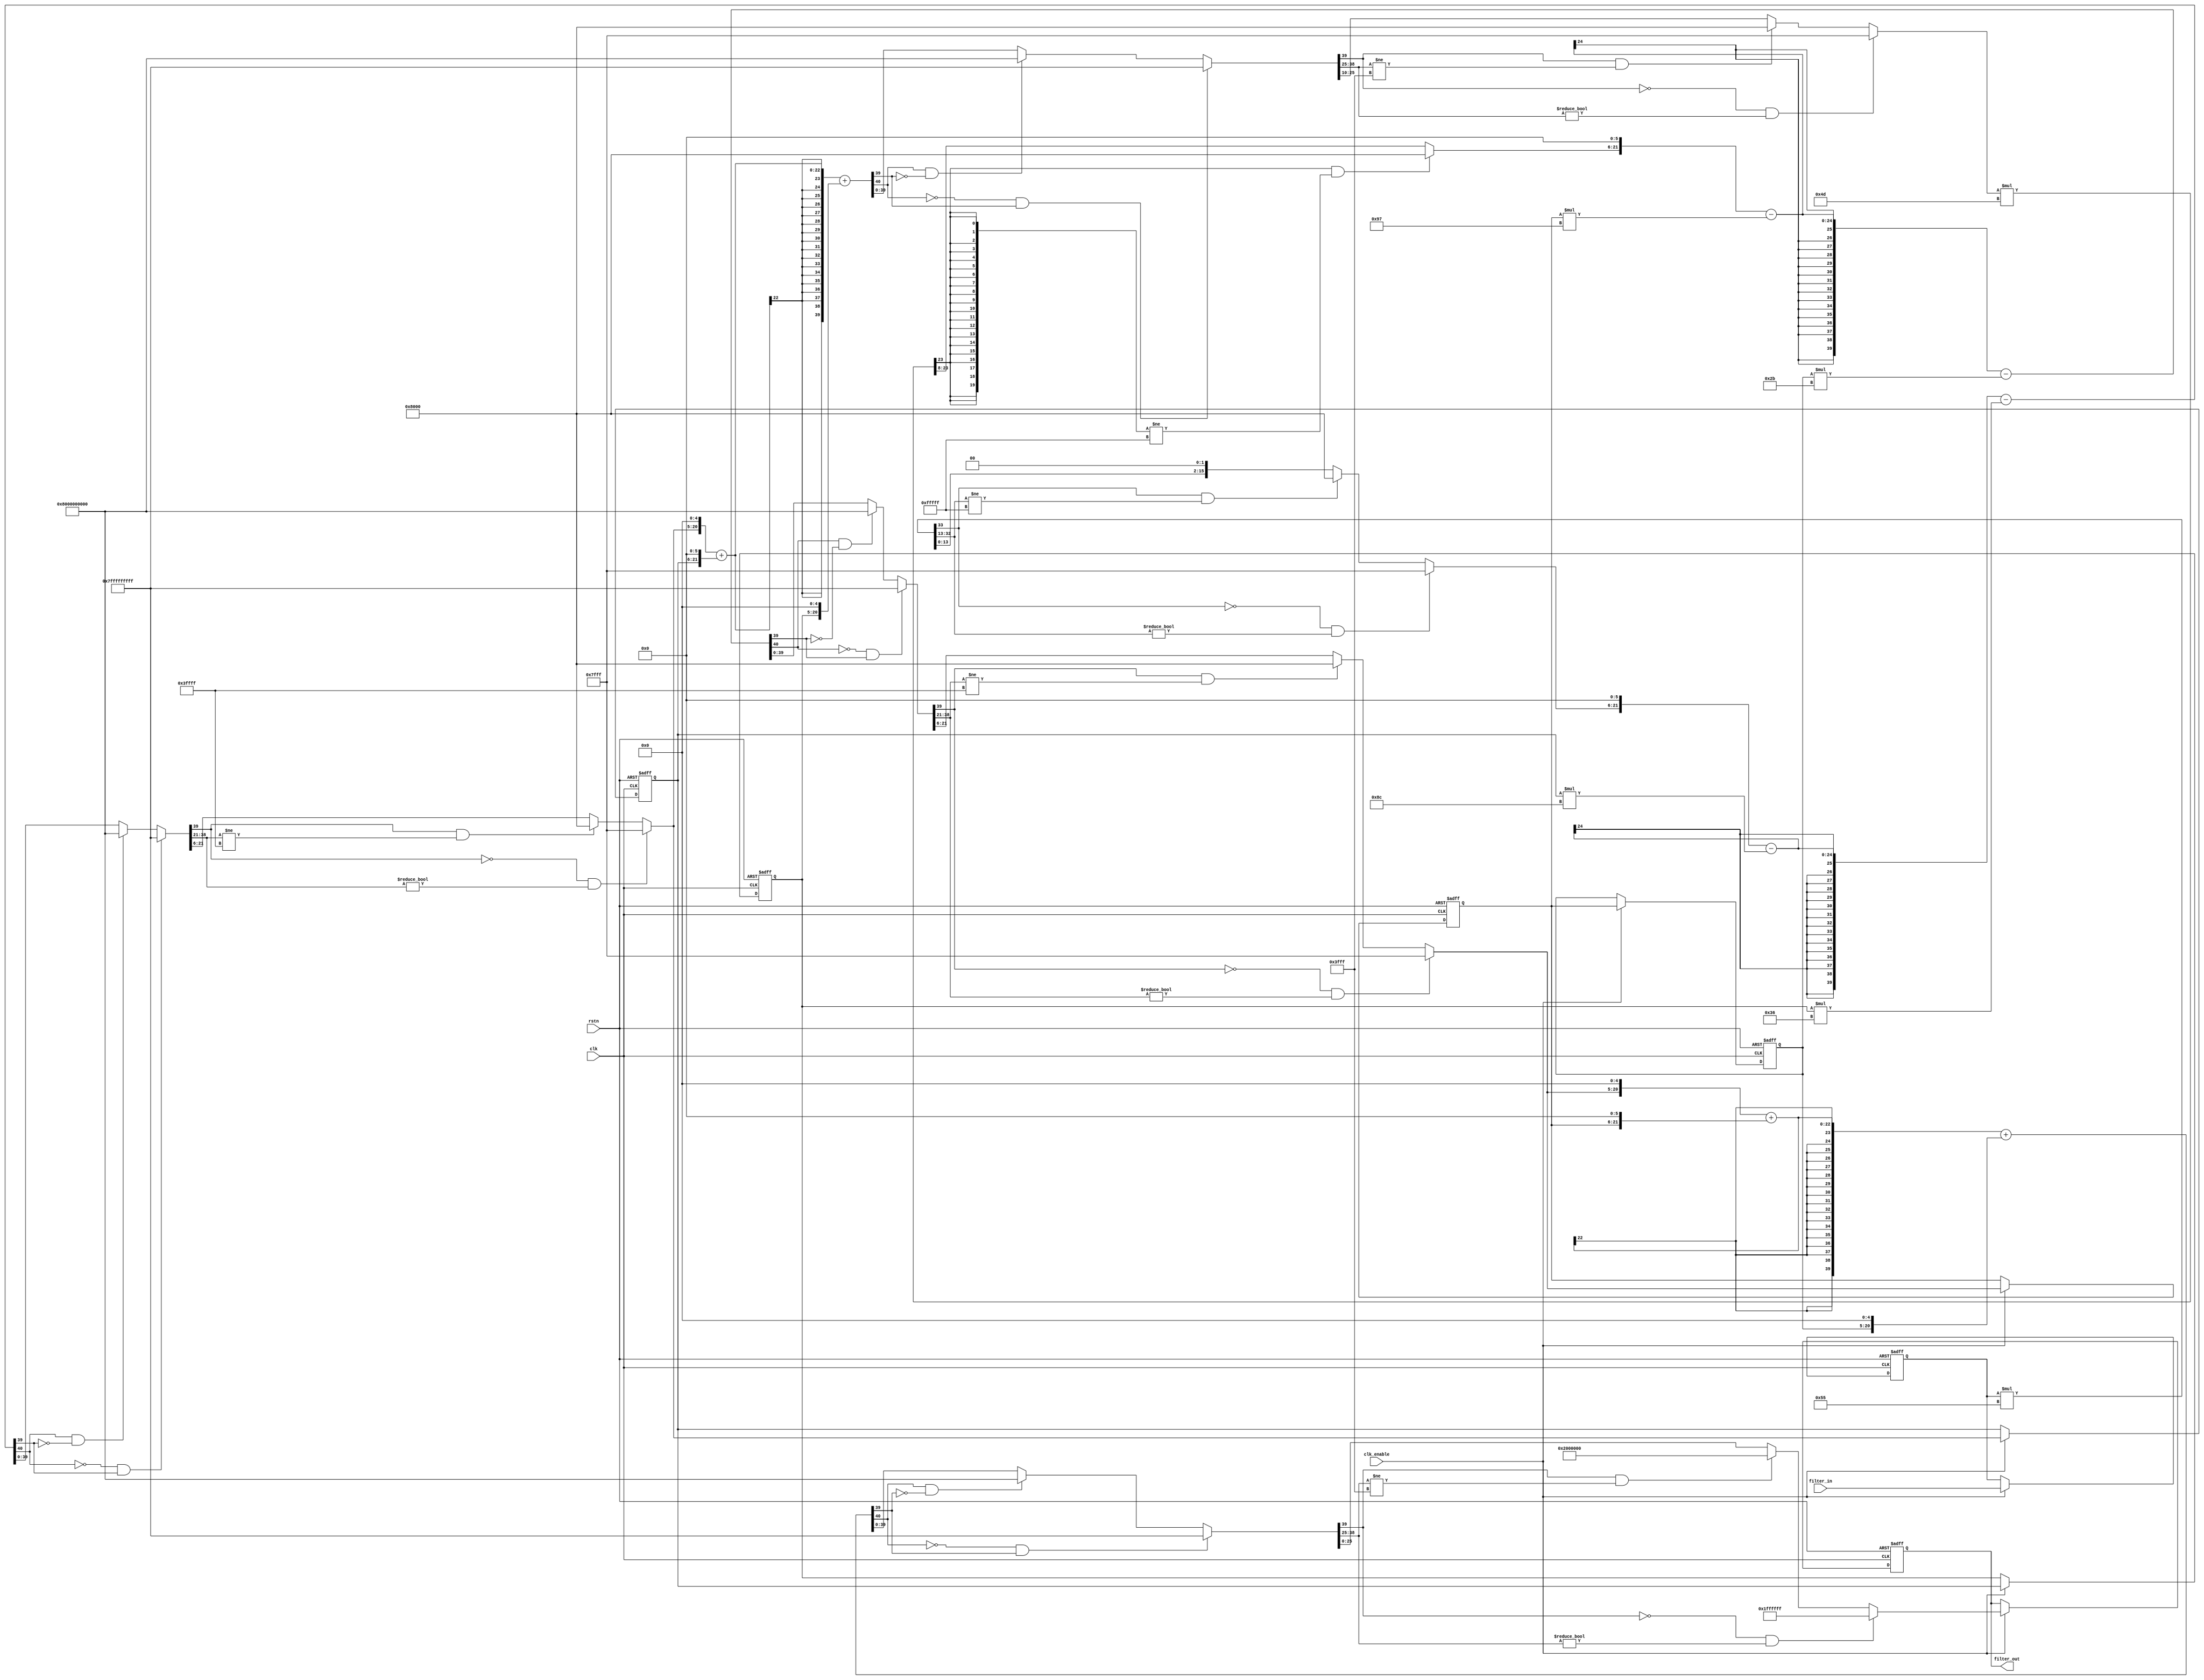
// -------------------------------------------------------------
//
// Module: sdm_nc_filter
// Generated by MATLAB(R) 8.1 and the Filter Design HDL Coder 2.9.3.
// Generated on: 2015-06-27 18:59:51
// -------------------------------------------------------------

// -------------------------------------------------------------
// HDL Code Generation Options:
//
// OptimizeForHDL: on
// ResetInputPort: rstn
// Name: sdm_nc_filter
// ResetAssertedLevel: Active-low
// TargetLanguage: Verilog
// TestBenchStimulus: step ramp chirp 
// UseVerilogTimescale: off

// Filter Specifications:
//
// Sampling Frequency : N/A (normalized frequency)
// Response           : Lowpass
// Specification      : Fp,Fst,Ap,Ast
// Passband Edge      : 0.046875
// Stopband Edge      : 0.52083
// Passband Ripple    : 1 dB
// Stopband Atten.    : 80 dB
// -------------------------------------------------------------

// -------------------------------------------------------------
// HDL Implementation    : Fully parallel
// Multipliers           : 6
// Folding Factor        : 1
// -------------------------------------------------------------
// Filter Settings:
//
// Discrete-Time IIR Filter (real)
// -------------------------------
// Filter Structure    : Direct-Form II, Second-Order Sections
// Number of Sections  : 2
// Stable              : Yes
// Linear Phase        : No
// Arithmetic          : fixed
// Numerator           : s8,5 -> [-4 4)
// Denominator         : s8,6 -> [-2 2)
// Scale Values        : s8,13 -> [-1.562500e-02 1.562500e-02)
// Input               : s26,0 -> [-33554432 33554432)
// Section Input       : s16,15 -> [-1 1)
// Section Output      : s16,10 -> [-32 32)
// Output              : s26,20 -> [-32 32)
// State               : s16,15 -> [-1 1)
// Numerator Prod      : s24,20 -> [-8 8)
// Denominator Prod    : s24,21 -> [-4 4)
// Numerator Accum     : s40,20 -> [-524288 524288)
// Denominator Accum   : s40,21 -> [-262144 262144)
// Round Mode          : floor
// Overflow Mode       : saturate
// Cast Before Sum     : true
// -------------------------------------------------------------

module sdm_nc_filter
               (
                clk,
                clk_enable,
                rstn,
                filter_in,
                filter_out
                );

  input   clk; 
  input   clk_enable; 
  input   rstn; 
  input   signed [25:0] filter_in; //sfix26
  output  signed [25:0] filter_out; //sfix26_En20

////////////////////////////////////////////////////////////////
//Module Architecture: sdm_nc_filter
////////////////////////////////////////////////////////////////
  // Local Functions
  // Type Definitions
  // Constants
  parameter signed [7:0] scaleconst1 = 8'b01010101; //sfix8_En13
  parameter signed [7:0] coeff_b1_section1 = 8'b00100000; //sfix8_En5
  parameter signed [7:0] coeff_b2_section1 = 8'b01000000; //sfix8_En5
  parameter signed [7:0] coeff_b3_section1 = 8'b00100000; //sfix8_En5
  parameter signed [7:0] coeff_a2_section1 = 8'b10001100; //sfix8_En6
  parameter signed [7:0] coeff_a3_section1 = 8'b00110110; //sfix8_En6
  parameter signed [7:0] scaleconst2 = 8'b01001101; //sfix8_En13
  parameter signed [7:0] coeff_b1_section2 = 8'b00100000; //sfix8_En5
  parameter signed [7:0] coeff_b2_section2 = 8'b01000000; //sfix8_En5
  parameter signed [7:0] coeff_b3_section2 = 8'b00100000; //sfix8_En5
  parameter signed [7:0] coeff_a2_section2 = 8'b10010111; //sfix8_En6
  parameter signed [7:0] coeff_a3_section2 = 8'b00101011; //sfix8_En6
  // Signals
  reg  signed [25:0] input_register; // sfix26
  wire signed [43:0] scale1; // sfix44_En23
  wire signed [33:0] mul_temp; // sfix34_En13
  wire signed [15:0] scaletypeconvert1; // sfix16_En15
  // Section 1 Signals 
  wire signed [39:0] a1sum1; // sfix40_En21
  wire signed [39:0] a2sum1; // sfix40_En21
  wire signed [39:0] b1sum1; // sfix40_En20
  wire signed [39:0] b2sum1; // sfix40_En20
  wire signed [15:0] typeconvert1; // sfix16_En15
  reg  signed [15:0] delay_section1 [0:1] ; // sfix16_En15
  wire signed [15:0] inputconv1; // sfix16_En15
  wire signed [23:0] a2mul1; // sfix24_En21
  wire signed [23:0] a3mul1; // sfix24_En21
  wire signed [23:0] b2mul1; // sfix24_En20
  wire signed [39:0] sub_cast; // sfix40_En21
  wire signed [39:0] sub_cast_1; // sfix40_En21
  wire signed [40:0] sub_temp; // sfix41_En21
  wire signed [39:0] sub_cast_2; // sfix40_En21
  wire signed [39:0] sub_cast_3; // sfix40_En21
  wire signed [40:0] sub_temp_1; // sfix41_En21
  wire signed [39:0] b1multypeconvert1; // sfix40_En20
  wire signed [39:0] add_cast; // sfix40_En20
  wire signed [39:0] add_cast_1; // sfix40_En20
  wire signed [40:0] add_temp; // sfix41_En20
  wire signed [39:0] add_cast_2; // sfix40_En20
  wire signed [39:0] add_cast_3; // sfix40_En20
  wire signed [40:0] add_temp_1; // sfix41_En20
  wire signed [15:0] section_result1; // sfix16_En10
  wire signed [43:0] scale2; // sfix44_En23
  wire signed [23:0] mul_temp_1; // sfix24_En23
  wire signed [15:0] scaletypeconvert2; // sfix16_En15
  // Section 2 Signals 
  wire signed [39:0] a1sum2; // sfix40_En21
  wire signed [39:0] a2sum2; // sfix40_En21
  wire signed [39:0] b1sum2; // sfix40_En20
  wire signed [39:0] b2sum2; // sfix40_En20
  wire signed [15:0] typeconvert2; // sfix16_En15
  reg  signed [15:0] delay_section2 [0:1] ; // sfix16_En15
  wire signed [15:0] inputconv2; // sfix16_En15
  wire signed [23:0] a2mul2; // sfix24_En21
  wire signed [23:0] a3mul2; // sfix24_En21
  wire signed [23:0] b2mul2; // sfix24_En20
  wire signed [39:0] sub_cast_4; // sfix40_En21
  wire signed [39:0] sub_cast_5; // sfix40_En21
  wire signed [40:0] sub_temp_2; // sfix41_En21
  wire signed [39:0] sub_cast_6; // sfix40_En21
  wire signed [39:0] sub_cast_7; // sfix40_En21
  wire signed [40:0] sub_temp_3; // sfix41_En21
  wire signed [39:0] b1multypeconvert2; // sfix40_En20
  wire signed [39:0] add_cast_4; // sfix40_En20
  wire signed [39:0] add_cast_5; // sfix40_En20
  wire signed [40:0] add_temp_2; // sfix41_En20
  wire signed [39:0] add_cast_6; // sfix40_En20
  wire signed [39:0] add_cast_7; // sfix40_En20
  wire signed [40:0] add_temp_3; // sfix41_En20
  wire signed [25:0] output_typeconvert; // sfix26_En20
  reg  signed [25:0] output_register; // sfix26_En20

  // Block Statements
  always @ (posedge clk or negedge rstn)
    begin: input_reg_process
      if (rstn == 1'b0) begin
        input_register <= 0;
      end
      else begin
        if (clk_enable == 1'b1) begin
          input_register <= filter_in;
        end
      end
    end // input_reg_process

  assign mul_temp = input_register * scaleconst1;
  assign scale1 = $signed({mul_temp, 10'b0000000000});

  assign scaletypeconvert1 = (scale1[43] == 1'b0 & scale1[42:23] != 20'b00000000000000000000) ? 16'b0111111111111111 : 
      (scale1[43] == 1'b1 && scale1[42:23] != 20'b11111111111111111111) ? 16'b1000000000000000 : scale1[23:8];

  //   ------------------ Section 1 ------------------

  assign typeconvert1 = (a1sum1[39] == 1'b0 & a1sum1[38:21] != 18'b000000000000000000) ? 16'b0111111111111111 : 
      (a1sum1[39] == 1'b1 && a1sum1[38:21] != 18'b111111111111111111) ? 16'b1000000000000000 : a1sum1[21:6];

  always @ (posedge clk or negedge rstn)
    begin: delay_process_section1
      if (rstn == 1'b0) begin
        delay_section1[0] <= 16'b0000000000000000;
        delay_section1[1] <= 16'b0000000000000000;
      end
      else begin
        if (clk_enable == 1'b1) begin
          delay_section1[1] <= delay_section1[0];
          delay_section1[0] <= typeconvert1;
        end
      end
    end // delay_process_section1

  assign inputconv1 = scaletypeconvert1;

  assign a2mul1 = delay_section1[0] * coeff_a2_section1;

  assign a3mul1 = delay_section1[1] * coeff_a3_section1;

  assign b2mul1 = $signed({delay_section1[0], 6'b000000});

  assign sub_cast = $signed({inputconv1, 6'b000000});
  assign sub_cast_1 = $signed({{16{a2mul1[23]}}, a2mul1});
  assign sub_temp = sub_cast - sub_cast_1;
  assign a2sum1 = (sub_temp[40] == 1'b0 & sub_temp[39] != 1'b0) ? 40'b0111111111111111111111111111111111111111 : 
      (sub_temp[40] == 1'b1 && sub_temp[39] != 1'b1) ? 40'b1000000000000000000000000000000000000000 : sub_temp[39:0];

  assign sub_cast_2 = a2sum1;
  assign sub_cast_3 = $signed({{16{a3mul1[23]}}, a3mul1});
  assign sub_temp_1 = sub_cast_2 - sub_cast_3;
  assign a1sum1 = (sub_temp_1[40] == 1'b0 & sub_temp_1[39] != 1'b0) ? 40'b0111111111111111111111111111111111111111 : 
      (sub_temp_1[40] == 1'b1 && sub_temp_1[39] != 1'b1) ? 40'b1000000000000000000000000000000000000000 : sub_temp_1[39:0];

  assign b1multypeconvert1 = $signed({typeconvert1, 5'b00000});

  assign add_cast = b1multypeconvert1;
  assign add_cast_1 = $signed({{16{b2mul1[23]}}, b2mul1});
  assign add_temp = add_cast + add_cast_1;
  assign b2sum1 = (add_temp[40] == 1'b0 & add_temp[39] != 1'b0) ? 40'b0111111111111111111111111111111111111111 : 
      (add_temp[40] == 1'b1 && add_temp[39] != 1'b1) ? 40'b1000000000000000000000000000000000000000 : add_temp[39:0];

  assign add_cast_2 = b2sum1;
  assign add_cast_3 = $signed({delay_section1[1], 5'b00000});
  assign add_temp_1 = add_cast_2 + add_cast_3;
  assign b1sum1 = (add_temp_1[40] == 1'b0 & add_temp_1[39] != 1'b0) ? 40'b0111111111111111111111111111111111111111 : 
      (add_temp_1[40] == 1'b1 && add_temp_1[39] != 1'b1) ? 40'b1000000000000000000000000000000000000000 : add_temp_1[39:0];

  assign section_result1 = (b1sum1[39] == 1'b0 & b1sum1[38:25] != 14'b00000000000000) ? 16'b0111111111111111 : 
      (b1sum1[39] == 1'b1 && b1sum1[38:25] != 14'b11111111111111) ? 16'b1000000000000000 : b1sum1[25:10];

  assign mul_temp_1 = section_result1 * scaleconst2;
  assign scale2 = $signed({{20{mul_temp_1[23]}}, mul_temp_1});

  assign scaletypeconvert2 = (scale2[43] == 1'b0 & scale2[42:23] != 20'b00000000000000000000) ? 16'b0111111111111111 : 
      (scale2[43] == 1'b1 && scale2[42:23] != 20'b11111111111111111111) ? 16'b1000000000000000 : scale2[23:8];

  //   ------------------ Section 2 ------------------

  assign typeconvert2 = (a1sum2[39] == 1'b0 & a1sum2[38:21] != 18'b000000000000000000) ? 16'b0111111111111111 : 
      (a1sum2[39] == 1'b1 && a1sum2[38:21] != 18'b111111111111111111) ? 16'b1000000000000000 : a1sum2[21:6];

  always @ (posedge clk or negedge rstn)
    begin: delay_process_section2
      if (rstn == 1'b0) begin
        delay_section2[0] <= 16'b0000000000000000;
        delay_section2[1] <= 16'b0000000000000000;
      end
      else begin
        if (clk_enable == 1'b1) begin
          delay_section2[1] <= delay_section2[0];
          delay_section2[0] <= typeconvert2;
        end
      end
    end // delay_process_section2

  assign inputconv2 = scaletypeconvert2;

  assign a2mul2 = delay_section2[0] * coeff_a2_section2;

  assign a3mul2 = delay_section2[1] * coeff_a3_section2;

  assign b2mul2 = $signed({delay_section2[0], 6'b000000});

  assign sub_cast_4 = $signed({inputconv2, 6'b000000});
  assign sub_cast_5 = $signed({{16{a2mul2[23]}}, a2mul2});
  assign sub_temp_2 = sub_cast_4 - sub_cast_5;
  assign a2sum2 = (sub_temp_2[40] == 1'b0 & sub_temp_2[39] != 1'b0) ? 40'b0111111111111111111111111111111111111111 : 
      (sub_temp_2[40] == 1'b1 && sub_temp_2[39] != 1'b1) ? 40'b1000000000000000000000000000000000000000 : sub_temp_2[39:0];

  assign sub_cast_6 = a2sum2;
  assign sub_cast_7 = $signed({{16{a3mul2[23]}}, a3mul2});
  assign sub_temp_3 = sub_cast_6 - sub_cast_7;
  assign a1sum2 = (sub_temp_3[40] == 1'b0 & sub_temp_3[39] != 1'b0) ? 40'b0111111111111111111111111111111111111111 : 
      (sub_temp_3[40] == 1'b1 && sub_temp_3[39] != 1'b1) ? 40'b1000000000000000000000000000000000000000 : sub_temp_3[39:0];

  assign b1multypeconvert2 = $signed({typeconvert2, 5'b00000});

  assign add_cast_4 = b1multypeconvert2;
  assign add_cast_5 = $signed({{16{b2mul2[23]}}, b2mul2});
  assign add_temp_2 = add_cast_4 + add_cast_5;
  assign b2sum2 = (add_temp_2[40] == 1'b0 & add_temp_2[39] != 1'b0) ? 40'b0111111111111111111111111111111111111111 : 
      (add_temp_2[40] == 1'b1 && add_temp_2[39] != 1'b1) ? 40'b1000000000000000000000000000000000000000 : add_temp_2[39:0];

  assign add_cast_6 = b2sum2;
  assign add_cast_7 = $signed({delay_section2[1], 5'b00000});
  assign add_temp_3 = add_cast_6 + add_cast_7;
  assign b1sum2 = (add_temp_3[40] == 1'b0 & add_temp_3[39] != 1'b0) ? 40'b0111111111111111111111111111111111111111 : 
      (add_temp_3[40] == 1'b1 && add_temp_3[39] != 1'b1) ? 40'b1000000000000000000000000000000000000000 : add_temp_3[39:0];

  assign output_typeconvert = (b1sum2[39] == 1'b0 & b1sum2[38:25] != 14'b00000000000000) ? 26'b01111111111111111111111111 : 
      (b1sum2[39] == 1'b1 && b1sum2[38:25] != 14'b11111111111111) ? 26'b10000000000000000000000000 : b1sum2[25:0];

  always @ (posedge clk or negedge rstn)
    begin: Output_Register_process
      if (rstn == 1'b0) begin
        output_register <= 0;
      end
      else begin
        if (clk_enable == 1'b1) begin
          output_register <= output_typeconvert;
        end
      end
    end // Output_Register_process

  // Assignment Statements
  assign filter_out = output_register;
endmodule  // sdm_nc_filter